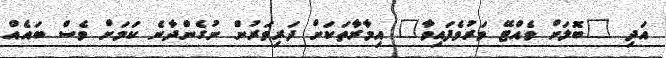
އަދި "ބޮލަށް ވެއްޓޭ ވަރުވެފައިވާ" އިމާރާތަކަށް ދަރިވަރުން ނުގެންދާނެ ކަމަށް ވެސް ބައެއް